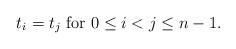
LaTeX: \begin{align*}t_i=t_j\textrm{ for }0\leq i<j\leq n-1.\end{align*}